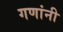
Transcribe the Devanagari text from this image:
गणांनी